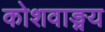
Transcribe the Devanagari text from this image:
कोशवाङ्मय